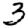
Digit: 3